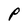
Character: P